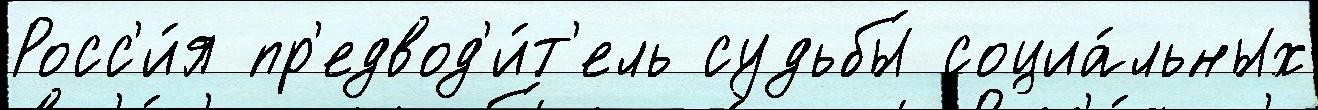
Росс'и́я пр'едвод'и́т'ель судьбы́ социа́льных